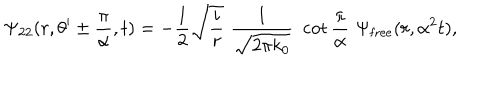
\Psi _ { 2 2 } ( r , \theta ^ { \prime } \pm { \frac { \pi } { \alpha } } , t ) = - { \frac { 1 } { 2 } } \sqrt { { \frac { i } { r } } } \, \, { \frac { 1 } { \sqrt { 2 \pi k _ { 0 } } } } \, \, \cot { \frac { \pi } { \alpha } } \, \, \Psi _ { \mathrm { { f r e e } } } ( r , \alpha ^ { 2 } t ) ,